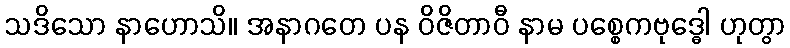
သဒိသော နာဟောသိ။ အနာဂတေ ပန ဝိဇိတာဝီ နာမ ပစ္စေကဗုဒ္ဓေါ ဟုတွာ